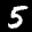
Label: 5